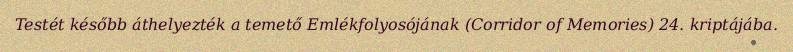
Testét később áthelyezték a temető Emlékfolyosójának (Corridor of Memories) 24. kriptájába.